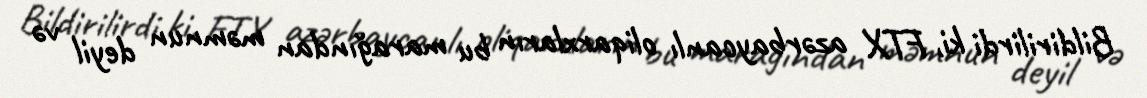
Bildirilirdi ki, FTX azərbaycanlı oliqarxların bu marağından məmnun deyil və